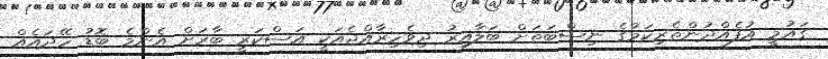
ގައުމީ އުފެއްދުންތެރިކަމުގެ ނިސްބަތަށް ބަލާއިރު ދިވެހިރާއްޖެއަކީ އަސްކަރީ ބާރަށް އެންމެ ބޮޑު ހޭދައެއް